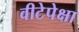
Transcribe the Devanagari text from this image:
वीटेपेक्षा